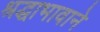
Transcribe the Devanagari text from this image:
श्रद्धाभावाने